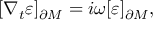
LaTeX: [ \nabla _ { t } \varepsilon ] _ { \partial M } = i \omega [ \varepsilon ] _ { \partial M } ,